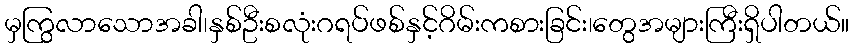
မှကြွလာသောအခါ၊နှစ်ဦးစလုံးဂရပ်ဖစ်နှင့်ဂိမ်းကစားခြင်း၊တွေအများကြီးရှိပါတယ်။